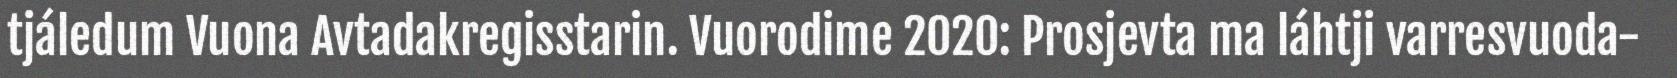
tjáledum Vuona Avtadakregisstarin. Vuorodime 2020: Prosjevta ma láhtji varresvuoda-